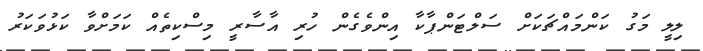
ލިލީ މަގު ކަންމައްޗަކަށް ސަލްޓަންޕާކާ އިންވެގެން ހުރި އާސާރީ މިސްކިތެއް ކަމަށްވާ ކަޅުވަކަރު